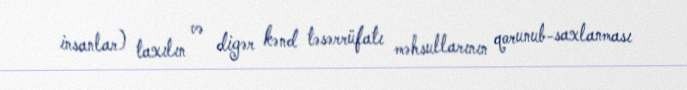
insanlar) taxılın və digər kənd təsərrüfatı məhsullarının qorunub-saxlanması